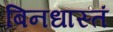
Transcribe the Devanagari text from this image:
बिनधास्तं